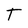
Character: t